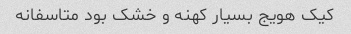
کیک هویج بسیار کهنه و خشک بود متاسفانه